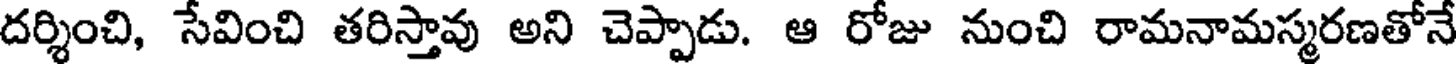
దర్శించి, సేవించి తరిస్తావు అని చెప్పాడు. ఆ రోజు నుంచి రామనామస్మరణతోనే